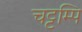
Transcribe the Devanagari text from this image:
चट्टम्पि